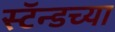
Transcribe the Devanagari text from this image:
स्टॅन्डच्या